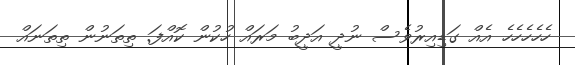
ހެހެހެހެހެ އެއް ގަޑިއިރުވެސް ނުދީ އަދީބު މަރައް ހުކުން ކޮއްފަ